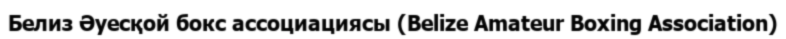
Белиз Әуесқой бокс ассоциациясы (Belize Amateur Boxing Association)